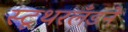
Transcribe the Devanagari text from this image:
स्टूथरलँडने